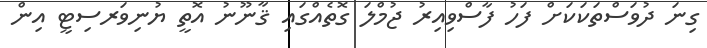
ގިނަ ދުވަސްތަކަކަށް ފަހު ފާސްވިއިރު ޖުމްލަ ގޮތެއްގައި ޤާނޫނު އޮތީ ޔުނިވަރސިޓީ އިން